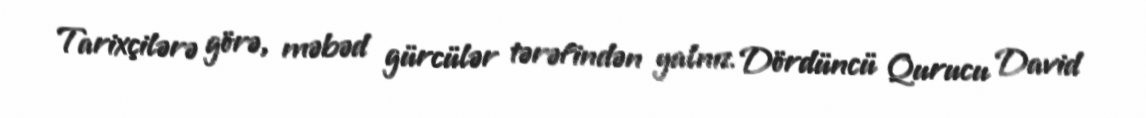
Tarixçilərə görə, məbəd gürcülər tərəfindən yalnız Dördüncü Qurucu David